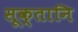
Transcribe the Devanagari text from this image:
सूक्तानि